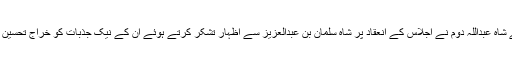
اُردن کے شاہ عبداللہ دوم نے اجلاس کے انعقاد پر شاہ سلمان بن عبدالعزیز سے اظہارِ تشکّر کرتے ہوئے اُن کے نیک جذبات کو خراج تحسین پیش کیا۔